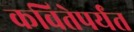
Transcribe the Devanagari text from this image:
कवितेपर्यंत